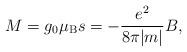
LaTeX: \begin{align*}M = g_0 \mu_{\rm B} s = - \frac{e^2}{8 \pi |m|} B, \end{align*}